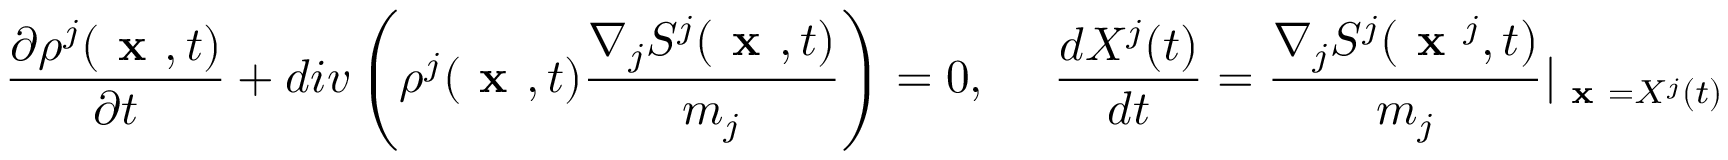
\frac { \partial \rho ^ { j } ( \textbf { x } , t ) } { \partial t } + d i v \left( \rho ^ { j } ( \textbf { x } , t ) \frac { \nabla _ { j } S ^ { j } ( \textbf { x } , t ) } { m _ { j } } \right) = 0 , ~ ~ ~ ~ \frac { d X ^ { j } ( t ) } { d t } = \frac { \nabla _ { j } S ^ { j } ( \textbf { x } ^ { j } , t ) } { m _ { j } } \vert _ { \textbf { x } = X ^ { j } ( t ) }